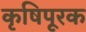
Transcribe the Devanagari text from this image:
कृषिपूरक